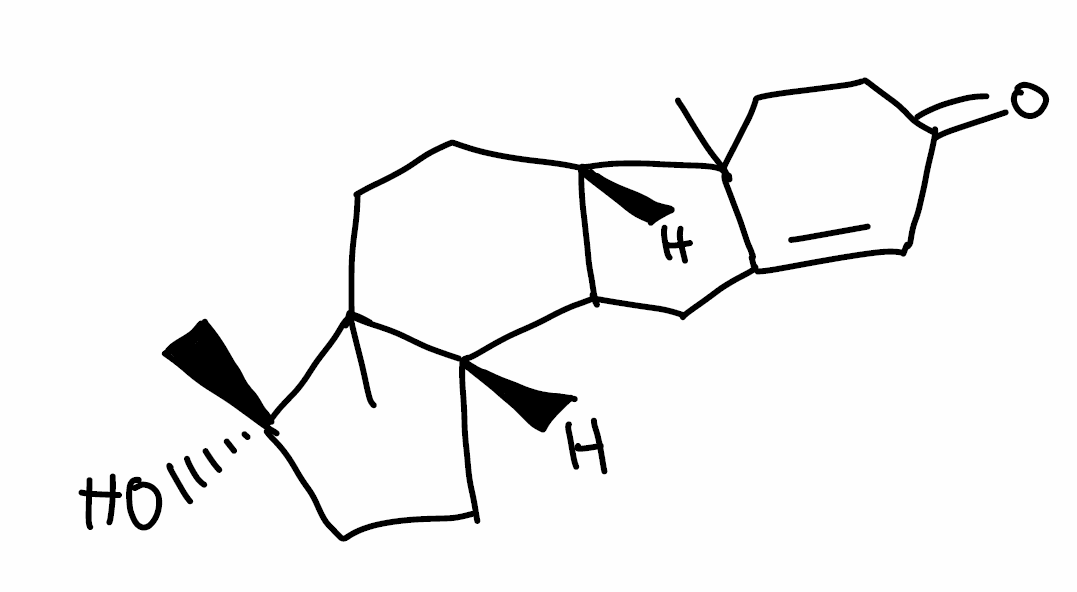
Simplified molecular-input line-entry system (SMILES) notation of the given molecule:
C[C@@]1(CC[C@@H]2C1(CC[C@H]3C2CC4=CC(=O)CCC34C)C)O